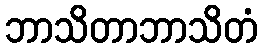
ဘာသိတာဘာသိတံ